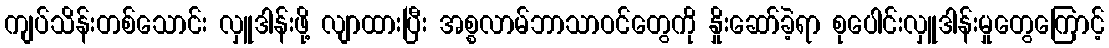
ကျပ်သိန်းတစ်သောင်း လှူဒါန်းဖို့ လျာထားပြီး အစ္စလာမ်ဘာသာဝင်တွေကို နှိုးဆော်ခဲ့ရာ စုပေါင်းလှူဒါန်းမှုတွေကြောင့်